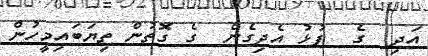
އަދި  ގެ  ފުޅު އެދިގެން  ގެ ގޮތުން ތިޔަބައިމީހުން